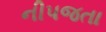
નીપજતા